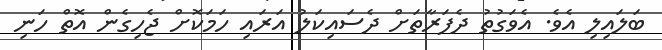
ބަލައިލި އެވެ. އެވަގުތު ދެފަރާތަށް ދެސައިކަލު އަރައި ހަމަކޮށް ޖެހިގެން އޮތް ހަނި